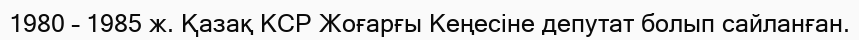
1980 – 1985 ж. Қазақ КСР Жоғарғы Кеңесіне депутат болып сайланған.